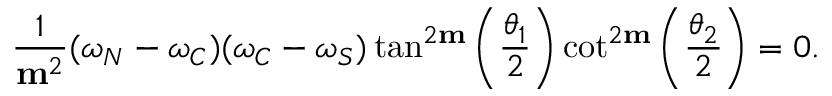
\frac { 1 } { \mathbf { m } ^ { 2 } } ( \omega _ { N } - \omega _ { C } ) ( \omega _ { C } - \omega _ { S } ) \tan ^ { 2 \mathbf { m } } \left( \frac { \theta _ { 1 } } { 2 } \right) \cot ^ { 2 \mathbf { m } } \left( \frac { \theta _ { 2 } } { 2 } \right) = 0 .